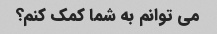
می توانم به شما کمک کنم؟